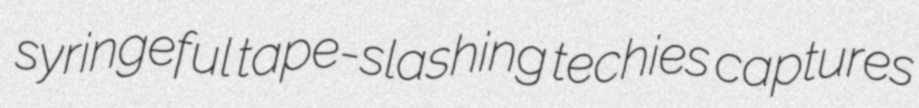
syringeful tape-slashing techies captures